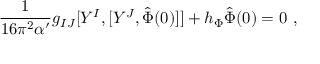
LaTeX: \frac { 1 } { 1 6 \pi ^ { 2 } \alpha ^ { \prime } } g _ { I J } [ Y ^ { I } , [ Y ^ { J } , \hat { \Phi } ( 0 ) ] ] + h _ { \Phi } \hat { \Phi } ( 0 ) = 0 \ ,